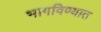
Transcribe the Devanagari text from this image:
भागविण्यात